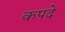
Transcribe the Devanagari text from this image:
कपदे